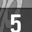
Digit: 5